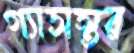
গ্যাসস্তর